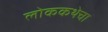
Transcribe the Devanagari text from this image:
लोककथेचा